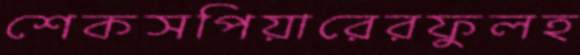
শেকসপিয়ারেরফুলহ